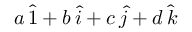
a \, { \hat { 1 } } + b \, { \hat { i } } + c \, { \hat { j } } + d \, { \hat { k } }